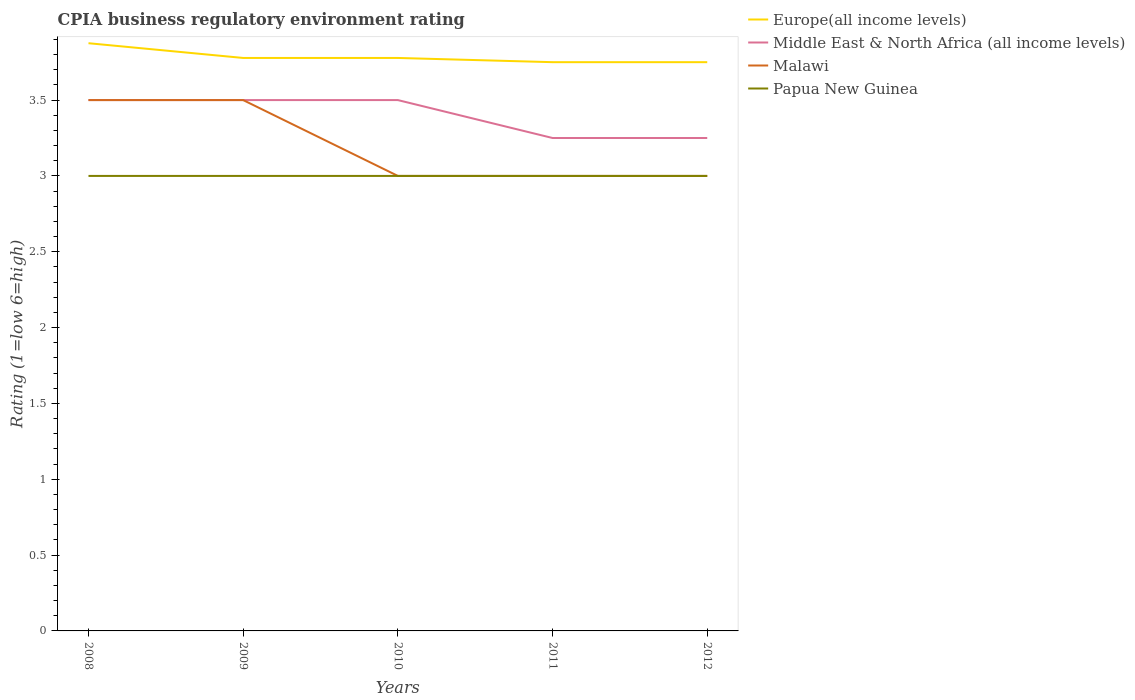
| Years | Europe(all income levels) | Middle East & North Africa (all income levels) | Malawi | Papua New Guinea |
 | --- | --- | --- | --- | --- |
 | 2008 | 3.88 | 3.5 | 3.5 | 3 |
 | 2009 | 3.78 | 3.5 | 3.5 | 3 |
 | 2010 | 3.78 | 3.5 | 3 | 3 |
 | 2011 | 3.75 | 3.25 | 3 | 3 |
 | 2012 | 3.75 | 3.25 | 3 | 3 |